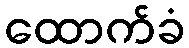
ထောက်ခံ